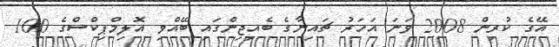
އޭގެ ކުރިން 2008 ވަނަ އަހަރު ޗައިނާގެ ބެއިޖިންގައި ބޭއްވި އޮލިމްޕިކްސްގެ 100